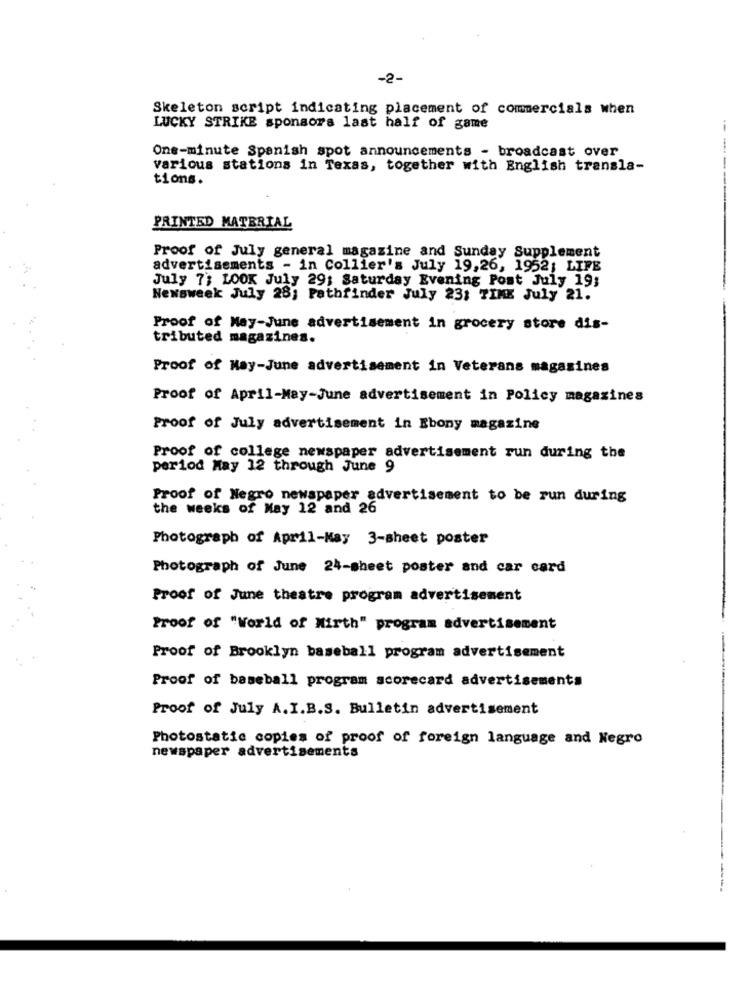
-2.
Skeleton script indicating placement of commercials when
LUCKY STRIKE sponsors last half of game
One-minute Spanish spot announcements - broadcast over
various stations in Texas, together with English transla-
tions.
PRINTED MATERIAL
-------
Proof of July general magazine and Sunday Supplement
advertisements - in Collier's July 19,26, 1952; LIFE
July 7; LOOK July 29; Saturday Evening Post July 19;
Newsweek July 28; Pathfinder July 23: TIME July 21.
Proof of May-June advertisement in grocery store dis-
tributed magazines.
Proof of May-June advertisement in Veterans magazines
Proof of April-May-June advertisement in Policy magazines
Proof of July advertisement in Ebony magazine
Proof of college newspaper advertisement run during the
period May 12 through June 9
Proof of Negro newspaper advertisement to be run during
the weeks of May 12 and 26
Photograph of April-May 3-sheet poster
Photograph of June 24-sheet poster and car card
Proof of June theatre program advertisement
Proof of "World of Wirth" program advertisement
-
Proof of Brooklyn baseball program advertisement
Proof of baseball program scorecard advertisements
Proof of July A.I.B.S. Bulletin advertisement
Photostatic copies of proof of foreign language and Negro
newspaper advertisements